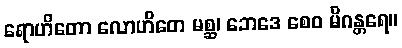
ရောဟိတော လောဟိတေ မစ္ဆ၊ ဘေဒေ စေဝ မိဂန္တရေ။